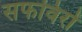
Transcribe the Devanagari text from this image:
सफविरों